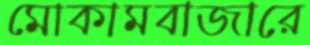
মোকামবাজারে